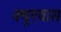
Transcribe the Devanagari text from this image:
क्युएवास